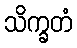
သိက္ခတံ